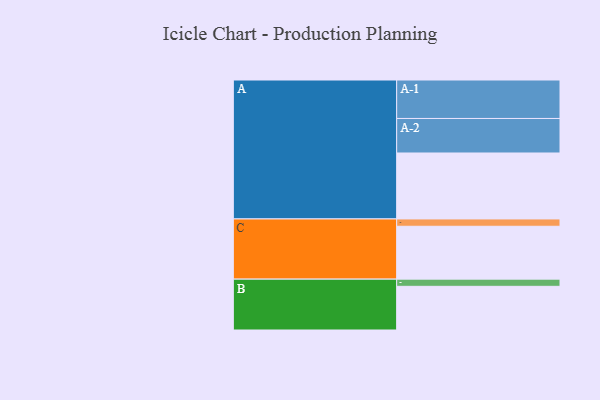
{"axis": {"x": "Segment", "y": "Value"}, "legend": ["", "A", "B", "C"], "data": [{"x": "A", "y": 468, "type": ""}, {"x": "B", "y": 310, "type": ""}, {"x": "C", "y": 375, "type": ""}, {"x": "A-1", "y": 273, "type": "A"}, {"x": "A-2", "y": 245, "type": "A"}, {"x": "B-1", "y": 51, "type": "B"}, {"x": "C-1", "y": 52, "type": "C"}]}